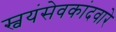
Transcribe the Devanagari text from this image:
स्वयंसेवकांदवारे